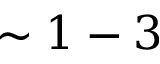
\sim 1 - 3